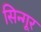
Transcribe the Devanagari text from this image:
सिन्गूर